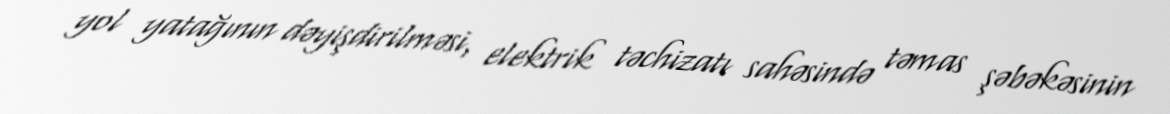
yol yatağının dəyişdirilməsi, elektrik təchizatı sahəsində təmas şəbəkəsinin